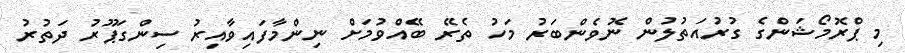
މި ޕްރޮމޯޝަންގެ ގުރުއަތުލުން ނޮވެންބަރު މަހު ތެރޭ ބޭއްވުމަށް ނިންމާފައިވާއިރު ސިންގަޕޫރު ދަތުރު